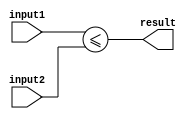
module less_than_equal_to (
  input [7:0] input1,
  input [7:0] input2,
  output result
);

assign result = (input1 <= input2);

endmodule